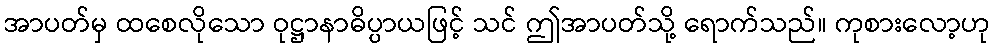
အာပတ်မှ ထစေလိုသော ဝုဋ္ဌာနာဓိပ္ပာယဖြင့် သင် ဤအာပတ်သို့ ရောက်သည်။ ကုစားလော့ဟု